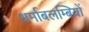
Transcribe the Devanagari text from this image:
धर्माबलम्बियों